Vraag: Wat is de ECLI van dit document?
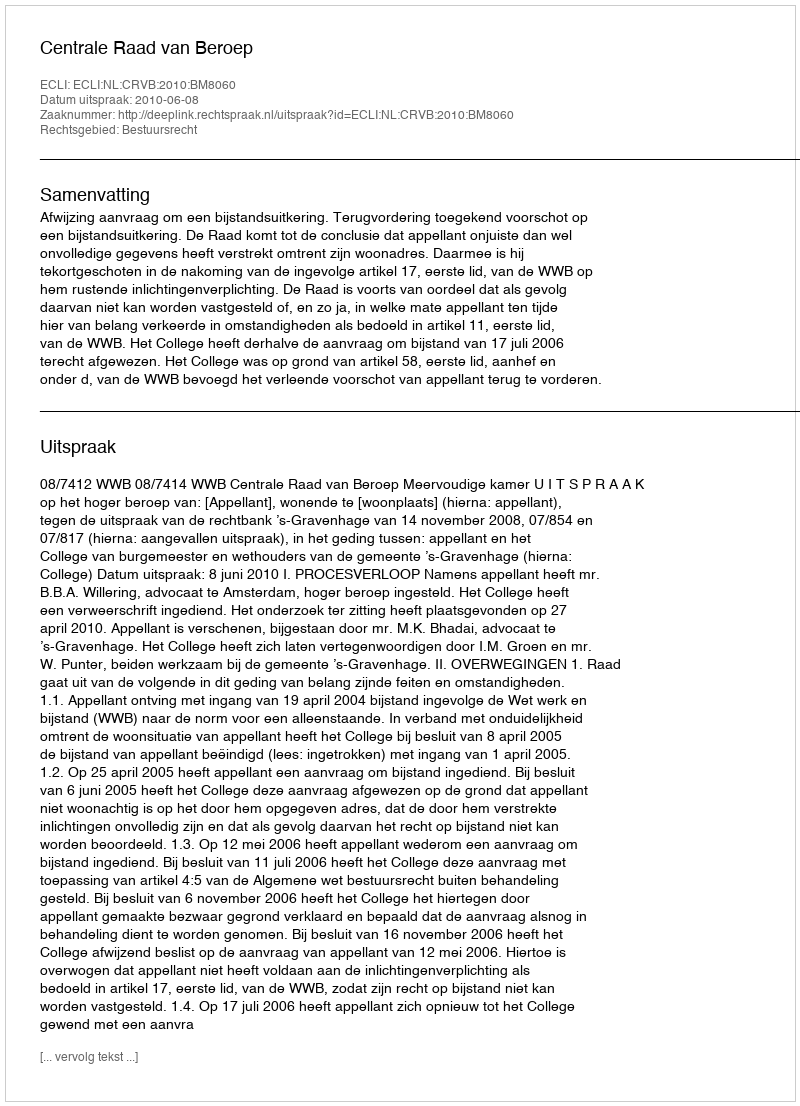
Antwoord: ECLI:NL:CRVB:2010:BM8060